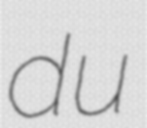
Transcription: du